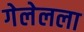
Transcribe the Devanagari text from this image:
गेलेलला